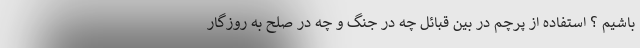
باشیم ؟ استفاده از پرچم در بین قبائل چه در جنگ و چه در صلح به روزگار